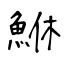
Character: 鮴